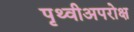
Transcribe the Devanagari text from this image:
पृथ्वीअपरोक्ष